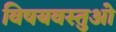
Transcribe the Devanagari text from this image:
विषयवस्तुओ